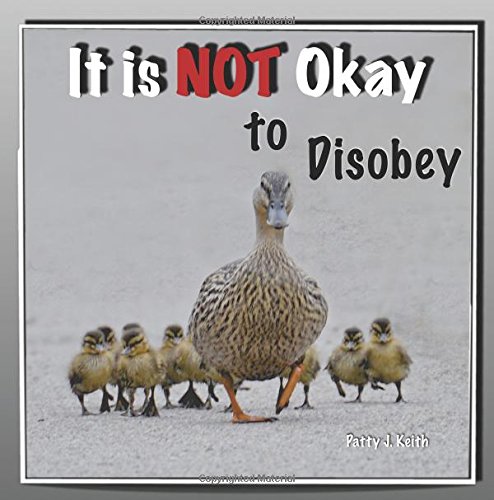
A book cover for It is NOT Okay to Disobey - Duck Ponder Series; Patty J. Keith; Arts & Photography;